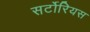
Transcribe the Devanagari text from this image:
सर्टोरियस